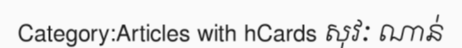
Category:Articles with hCards សុវៈ ណាន់